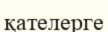
қателерге